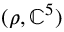
( \rho , \mathbb { C } ^ { 5 } )